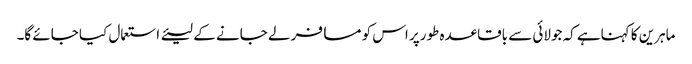
ماہرین کا کہناہے کہ جولائی سے باقاعدہ طورپر اس کو مسافر لے جانے کے لیئے استعمال کیا جائے گا۔